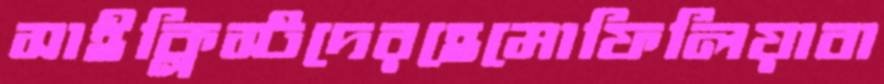
সাইক্লিস্টদেরহেমোফিলিয়াবা